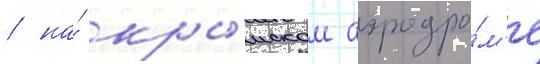
/ на́ кры́мском аэродро́м'е